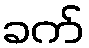
ခက်